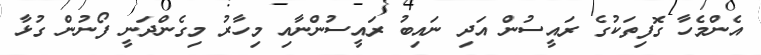
އެންމެހާ ގޮފިތަކުގެ ރައީސުން އަދި ނައިބު ރައީސުންނާއި މިހާރު މިގެންދަނީ ފޯނުން ގުޅާ